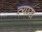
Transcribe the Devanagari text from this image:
त्‍यास